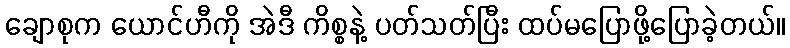
ချောစုက ယောင်ဟီကို အဲဒီ ကိစ္စနဲ့ ပတ်သတ်ပြီး ထပ်မပြောဖို့ပြောခဲ့တယ်။